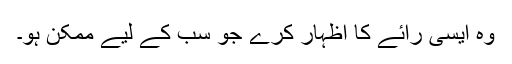
وہ ایسی رائے کا اظہار کرے جو سب کے لیے ممکن ہو۔